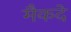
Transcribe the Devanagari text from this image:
मैकदे